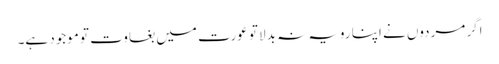
اگر مردوں نے اپنا رویہ نہ بدلا تو عورت میں بغاوت تو موجود ہے۔